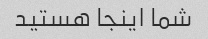
شما اینجا هستید